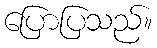
ပြောပြသည်။